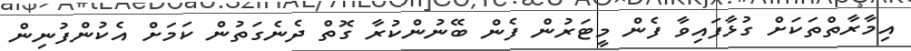
އިމާރާތްތަކަށް ގުޅާފައިވާ ފެން މީޓަރުން ފެން ބޭނުންކުރާ ގޮތް ދެނެގަތުން ކަމަށް އެކުންފުނިން